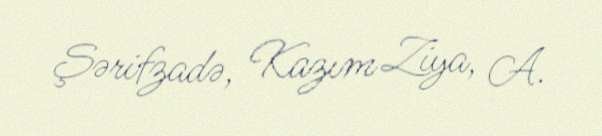
Şərifzadə, Kazım Ziya, A.